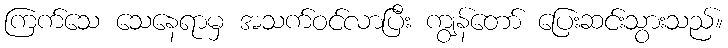
ကြက်သေ သေနေရာမှ အသက်ဝင်လာပြီး ကျွန်တော် ပြေးဆင်းသွားသည်။